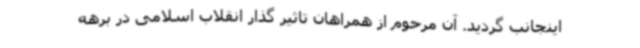
اینجانب گردید. آن مرحوم از همراهان تاثیر گذار انقلاب اسلامی در برهه